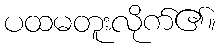
ပထမတူးလိုက်၏။